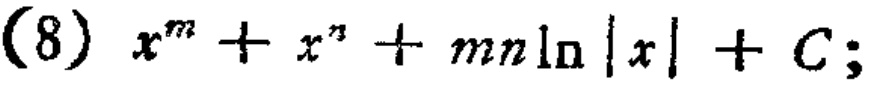
(8) \(x^{m}+x^{n}+mn\ln|x| + C;\)